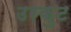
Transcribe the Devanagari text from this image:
उरकुट